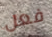
فعل